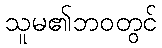
သူမ၏ဘဝတွင်